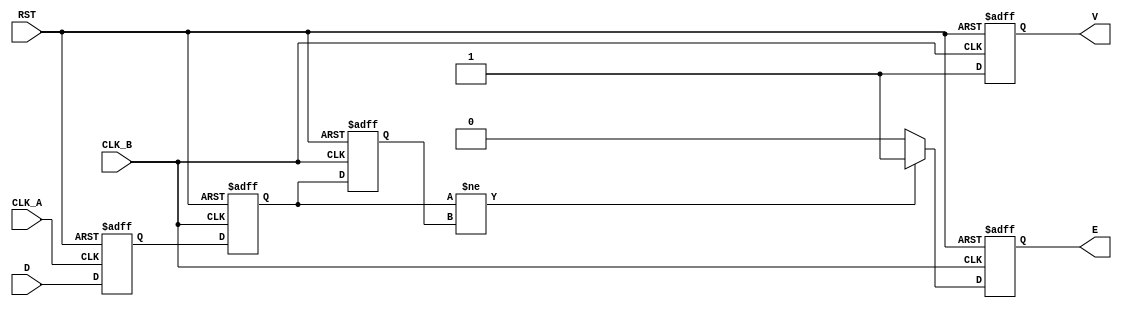
module cdc_detector (
    input wire D,            // Asynchronous data signal
    input wire CLK_A,       // Clock for the originating domain
    input wire CLK_B,       // Clock for the receiving domain
    input wire RST,         // Reset signal
    output reg V,           // Valid signal
    output reg E            // Error signal
);

    // Internal signals
    reg D_sampled;          // Sampled data from CLK_A
    reg D_sync;             // Synchronized data in CLK_B
    reg D_sync_prev;        // Previous synchronized data

    // Sampling the data signal on CLK_A
    always @(posedge CLK_A or posedge RST) begin
        if (RST) begin
            D_sampled <= 1'b0;
        end else begin
            D_sampled <= D;  // Capture the data signal
        end
    end

    // Synchronizing the sampled data signal to CLK_B
    always @(posedge CLK_B or posedge RST) begin
        if (RST) begin
            D_sync <= 1'b0;
            D_sync_prev <= 1'b0;
            V <= 1'b0;
            E <= 1'b0;
        end else begin
            D_sync_prev <= D_sync;  // Store previous state
            D_sync <= D_sampled;     // Sample the data from CLK_A
            V <= 1'b1;               // Set valid signal

            // Error detection logic
            if (D_sync != D_sync_prev) begin
                E <= 1'b1;           // Raise error signal on change
            end else begin
                E <= 1'b0;           // Clear error signal if no change
            end
        end
    end

endmodule